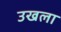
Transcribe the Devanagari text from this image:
उखला